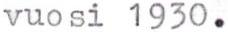
vuosi 1930.